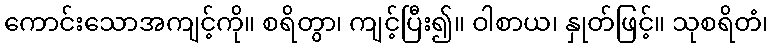
ကောင်းသောအကျင့်ကို။ စရိတွာ၊ ကျင့်ပြီး၍။ ဝါစာယ၊ နှုတ်ဖြင့်။ သုစရိတံ၊